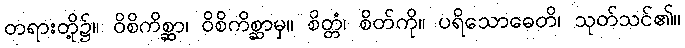
တရားတို့၌။ ဝိစိကိစ္ဆာ၊ ဝိစိကိစ္ဆာမှ။ စိတ္တံ၊ စိတ်ကို။ ပရိသောဓေတိ၊ သုတ်သင်၏။